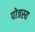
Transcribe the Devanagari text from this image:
पोत्रस्य